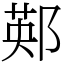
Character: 䣐